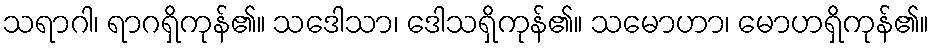
သရာဂါ၊ ရာဂရှိကုန်၏။ သဒေါသာ၊ ဒေါသရှိကုန်၏။ သမောဟာ၊ မောဟရှိကုန်၏။